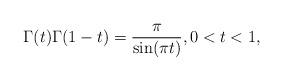
LaTeX: \begin{align*}\Gamma(t)\Gamma(1-t)=\frac{\pi}{\sin (\pi t)},0<t<1,\end{align*}